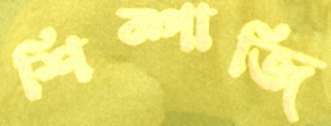
শিম্পাজি